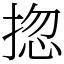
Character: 㧾